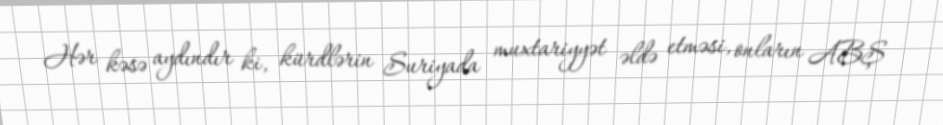
Hər kəsə aydındır ki, kürdlərin Suriyada muxtariyyət əldə etməsi, onların ABŞ